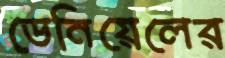
ডেনিয়েলের